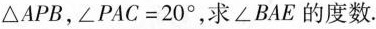
\triangle APB，$$\angle PAC=20^{\circ}$$求\angle BAE的度数